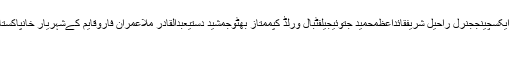
الیکشن کمیشناسفندیارولی خانبیوی ، شوہرشہلا رضااسٹاک ایکسچینججنرل راحیل شریفقائداعظمحمید جتوئیجیلفٹبال ورلڈ کپممتاز بھٹوجمشید دستیعبدالقادر ملاعمران فاروقایم کےشہریار خانپاکستان بحریہسراج الحقراؤ سکندر اقبال ترکی میں فوجی بغاوت
اسلام آباد(اُردو پوائنٹ اخبارتازہ ترین۔